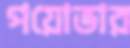
পয়োভার